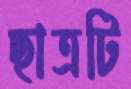
ছাত্রটি